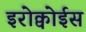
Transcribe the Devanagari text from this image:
इरोक्वोईस